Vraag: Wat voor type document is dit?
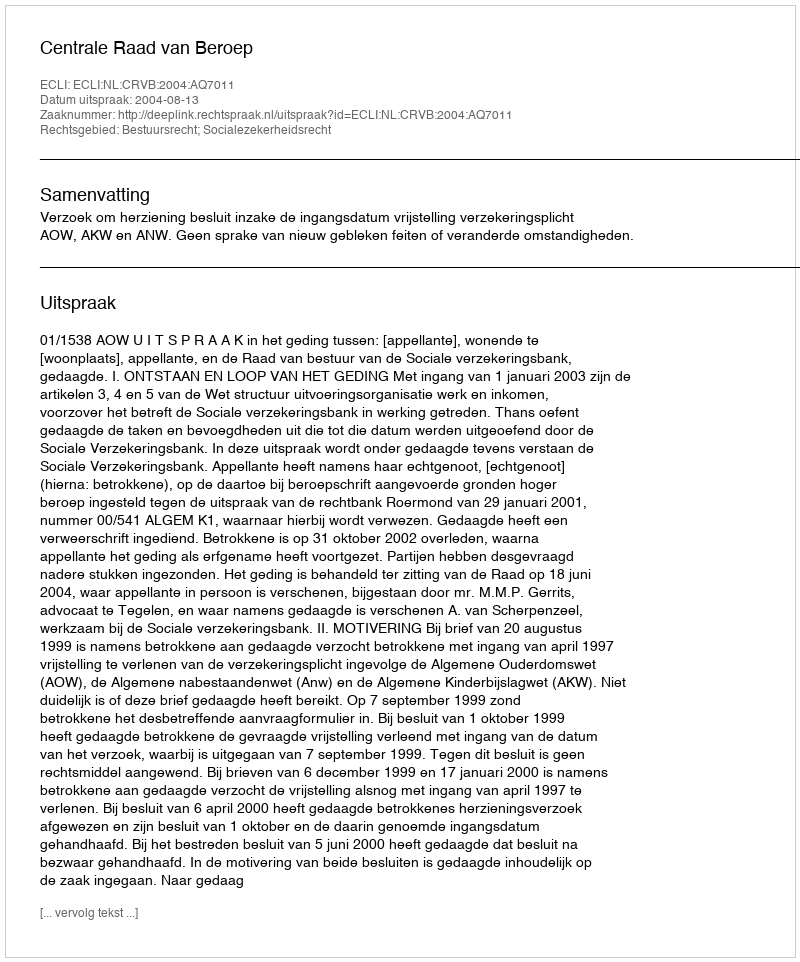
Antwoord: Uitspraak